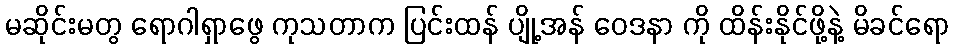
မဆိုင်းမတွ ရောဂါရှာဖွေ ကုသတာက ပြင်းထန် ပျို့အန် ဝေဒနာ ကို ထိန်းနိုင်ဖို့နဲ့ မိခင်ရော